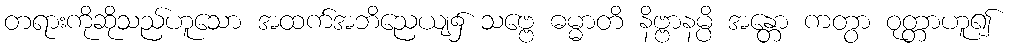
တရားကိုဆိုသည်ဟူသော အထက်အဘိညေယျ၌ သဗ္ဗေ ဓမ္မာတိ နိဗ္ဗာနမ္ပိ အန္တော ကတွာ ဝုတ္တာဟူ၍